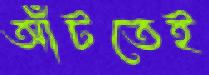
আঁটতেই